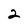
Character: 2